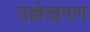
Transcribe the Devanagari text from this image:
उल्लेखपण